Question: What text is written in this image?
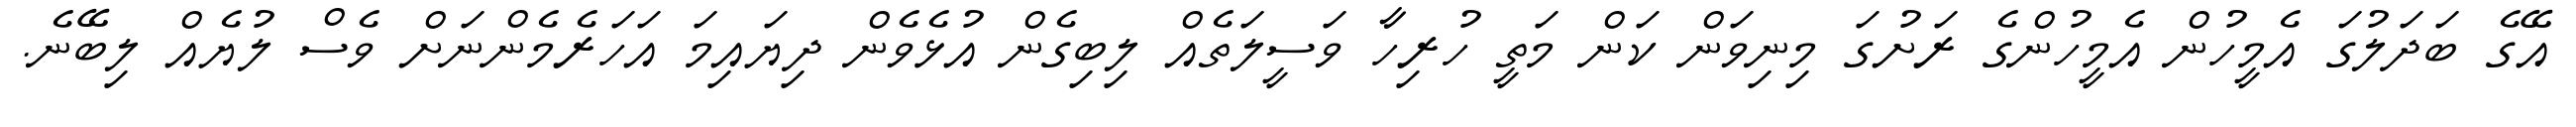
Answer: އޭގެ ބަދަލުގަ އެމީހުން އެމީހުންގެ ރަށުގަ މިނިވަން ކަން މަތީ ހުރިހާ ވަސީލަތެއް ލިބިގެން އުޅެވެން ދިޔައިމަ އަހަރެމެންނަށް ވެސް ލުޔެއް ލިބޭނެ.